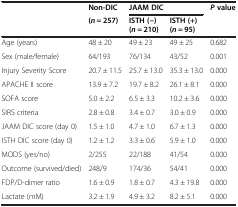
| <ROWSPAN=2>  | Non-DIC | <COLSPAN=2> JAAM DIC | <ROWSPAN=2> P value |
 | (n = 257) | ISTH (−) (n = 210) | ISTH (+) (n = 95) |
 | --- | --- | --- | --- | --- |
 | Age (years) | 48 ± 20 | 49 ± 23 | 49 ± 25 | 0.682 |
 | Sex (male/female) | 64/193 | 76/134 | 43/52 | 0.001 |
 | Injury Severity Score | 20.7 ± 11.5 | 25.7 ± 13.0 | 35.3 ± 13.0 | 0.000 |
 | APACHE II score | 13.9 ± 7.2 | 19.7 ± 8.2 | 26.1 ± 8.1 | 0.000 |
 | SOFA score | 5.0 ± 2.2 | 6.5 ± 3.3 | 10.2 ± 3.6 | 0.000 |
 | SIRS criteria | 2.8 ± 0.8 | 3.4 ± 0.7 | 3.0 ± 0.9 | 0.000 |
 | JAAM DIC score (day 0) | 1.5 ± 1.0 | 4.7 ± 1.0 | 6.7 ± 1.3 | 0.000 |
 | ISTH DIC score (day 0) | 1.2 ± 1.2 | 3.3 ± 0.6 | 5.9 ± 1.0 | 0.000 |
 | MODS (yes/no) | 2/255 | 22/188 | 41/54 | 0.000 |
 | Outcome (survived/died) | 248/9 | 174/36 | 54/41 | 0.000 |
 | FDP/D-dimer ratio | 1.6 ± 0.9 | 1.8 ± 0.7 | 4.3 ± 19.8 | 0.000 |
 | Lactate (mM) | 3.2 ± 1.9 | 4.9 ± 3.2 | 8.2 ± 5.1 | 0.000 |